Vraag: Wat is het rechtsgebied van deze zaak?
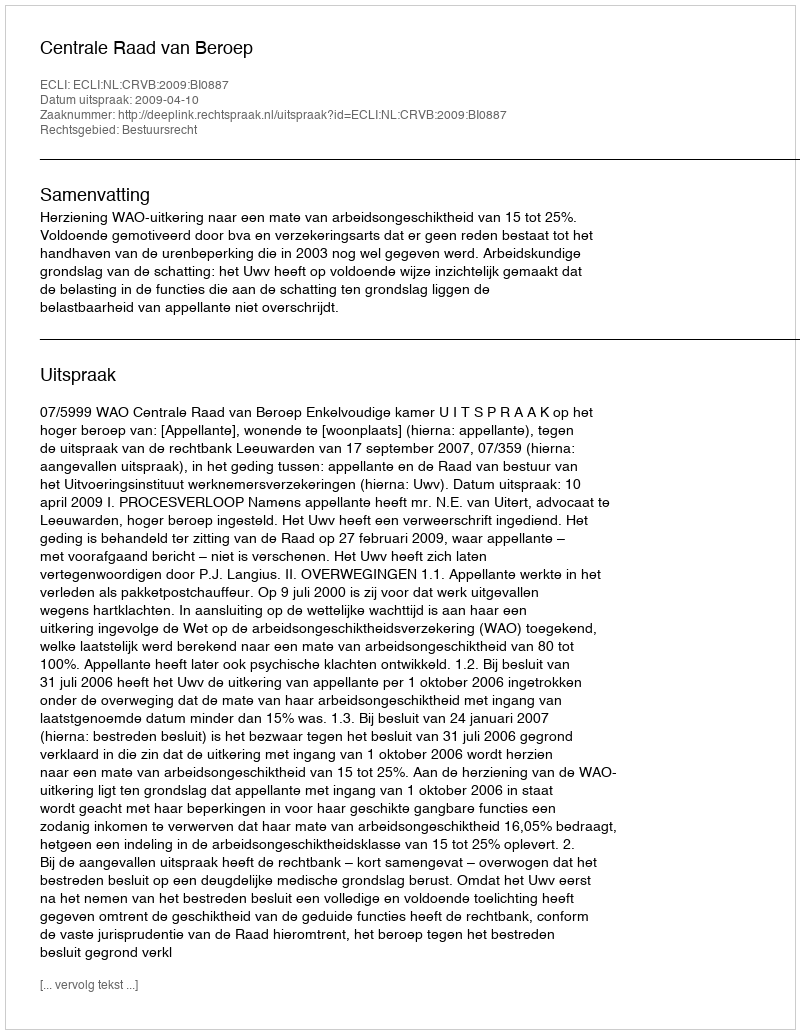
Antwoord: Bestuursrecht